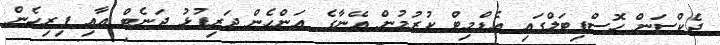
ޖެކްސަން ހޮސްޕިޓަލްގައި އެޑްމިޓް ކުރުމުން އޭނާގެ އަންހެން ދަރިފުޅު ޖަނެޓް އާއި ފިރިހެން